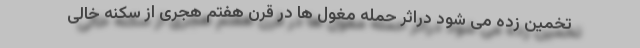
تخمین زده می شود دراثر حمله مغول ها در قرن هفتم هجری از سکنه خالی